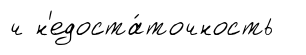
ч н'едоста́точность